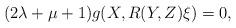
LaTeX: \begin{align*}(2\lambda+\mu+1)g(X,R(Y,Z)\xi)=0,\end{align*}